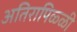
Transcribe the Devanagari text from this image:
अतिरापिळ्ळी